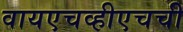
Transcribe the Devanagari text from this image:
वायएचव्हीएचची